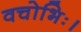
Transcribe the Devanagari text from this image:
वचोभिः।